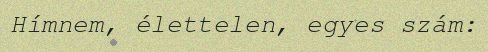
Hímnem, élettelen, egyes szám: